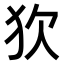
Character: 𤝆